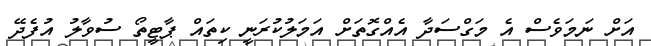
އަށް ނަމަވެސް އެ މަގްސަދާ އެއްގޮތަށް އަމަލުކުރަނީ ކިތައް ޕާޓީތޯ ސުވާލު އުފެދޭ